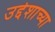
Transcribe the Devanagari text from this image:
उद्देशाच्या